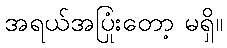
အရယ်အပြုံးတော့ မရှိ။